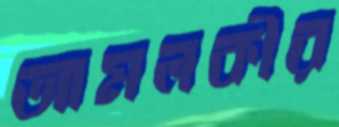
আমলকীর